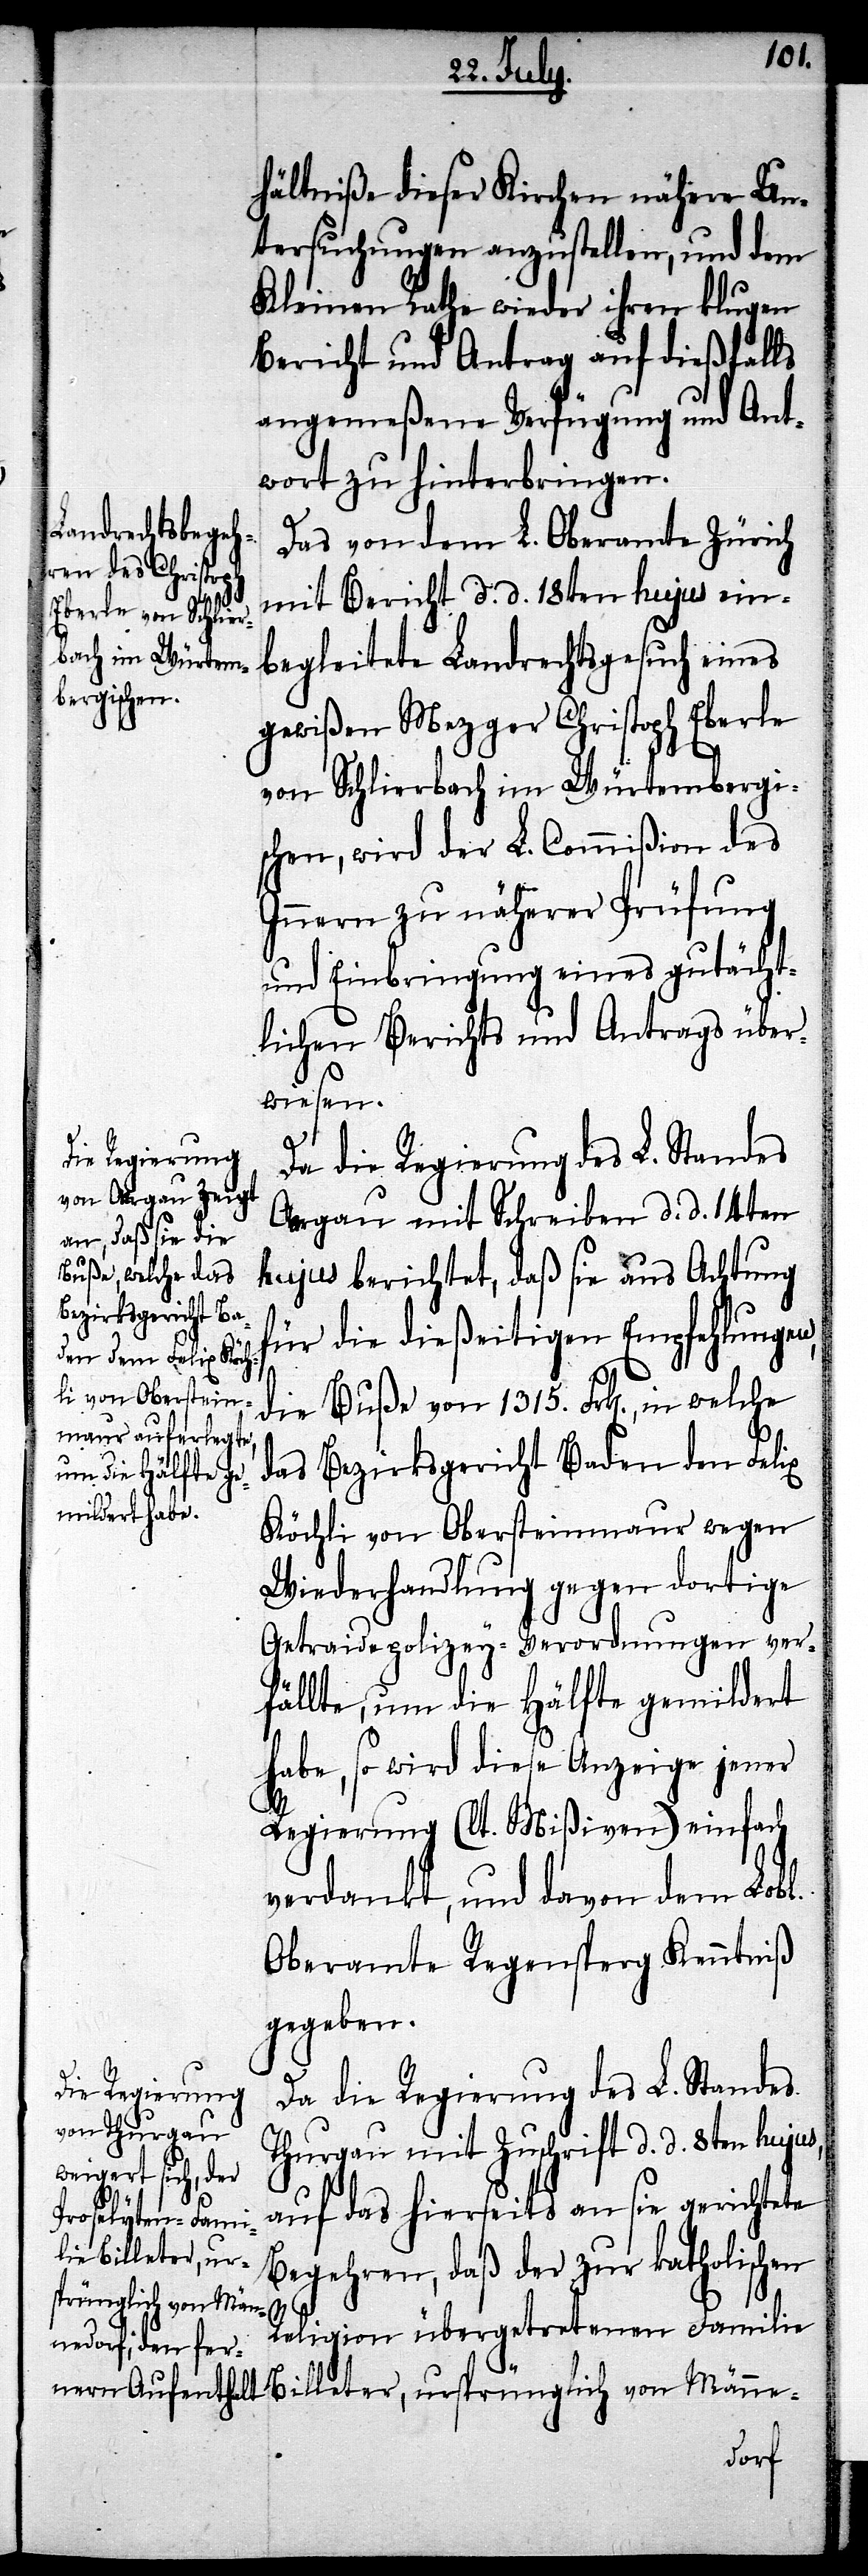
hältniße dieser Kirchen nähere Un¬
tersuchungen anzustellen, und dem
Kleinen Rathe wieder ihren klugen
Bericht und Antrag auf dießfalls
angemeßene Verfügung und Ant¬
wort zu hinterbringen.
Das von dem L. Oberamte Zürich
mit Bericht d. d. 18ten hujus ein¬
begleitete Landrechtsgesuch eines
gewißen Mezger Christoph Eberle
von Schlierbach im Würtembergis¬
chen, wird der L. Commißion des
Innern zu näherer Prüfung
und Einbringung eines gutächt¬
lichen Berichts und Antrags über¬
wiesen.
Aargau mit Schreiben d. d. 14ten
hujus berichtet, daß sie aus Achtung
für die dießeitigen Empfehlungen,
die Buße von 1315. Frk[en]., in welche
das Bezirksgericht Baden den Felix
Köchli von Obersteinmaur wegen
Wiederhandlung gegen dortige
Getraidepolizey-Verordnungen ver¬
fällte, um die Hälfte gemildert
habe, so wird diese Anzeige jener
Regierung (lt. Mißiven) einfach
verdankt, und davon dem Lobl.
Oberamte Regensperg Kenntniß
gegeben.
Da die Regierung des L. Standes
Thurgau mit Zuschrift d. d. 8ten hujus,
auf das hierseits an sie gerichtete
lie Billeter, urs¬
Begehren, daß der zur katholischen
prünglich von Män¬
ne-
Religion übergetretenen Fami¬